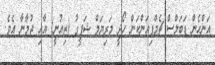
އަންހެން ޑަބަލްސް ޗެމްޕިއަންކަން ހޯދީ މަރިޔަމް ޝަފީގު (ޒިއުނީ) އާއި ޖުމާނާ އެވެ.